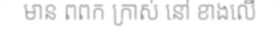
មាន ពពក ក្រាស់ នៅ ខាងលើ